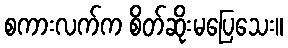
စကားလက်က စိတ်ဆိုးမပြေသေး။